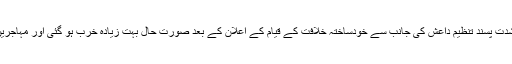
خیال رہے کہ شام گزشتہ کئی سالوں سے جنگ سے متاثر ہے،لیکن گزشتہ برس شدت پسند تنظیم داعش کی جانب سے خودساختہ خلافت کے قیام کے اعلان کے بعد صورت حال بہت زیادہ خرب ہو گئی اور مہاجرین ہنگری کے راستے یورپ کے دیگر ممالک میں داخلے کی کوشش کر رہے ہیں۔